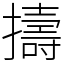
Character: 擣